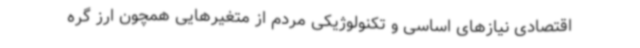
اقتصادی نیازهای اساسی و تکنولوژیکی مردم از متغیرهایی همچون ارز گره